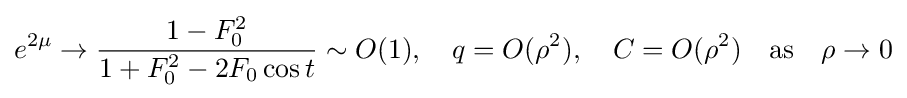
e^{2\mu }\to {\frac {1-F_{0}^{2}}{1+F_{0}^{2}-2F_{0}\cos t}}\sim O(1),\quad q=O(\rho ^{2}),\quad C=O(\rho ^{2})\quad {\text{as}}\quad \rho \to 0